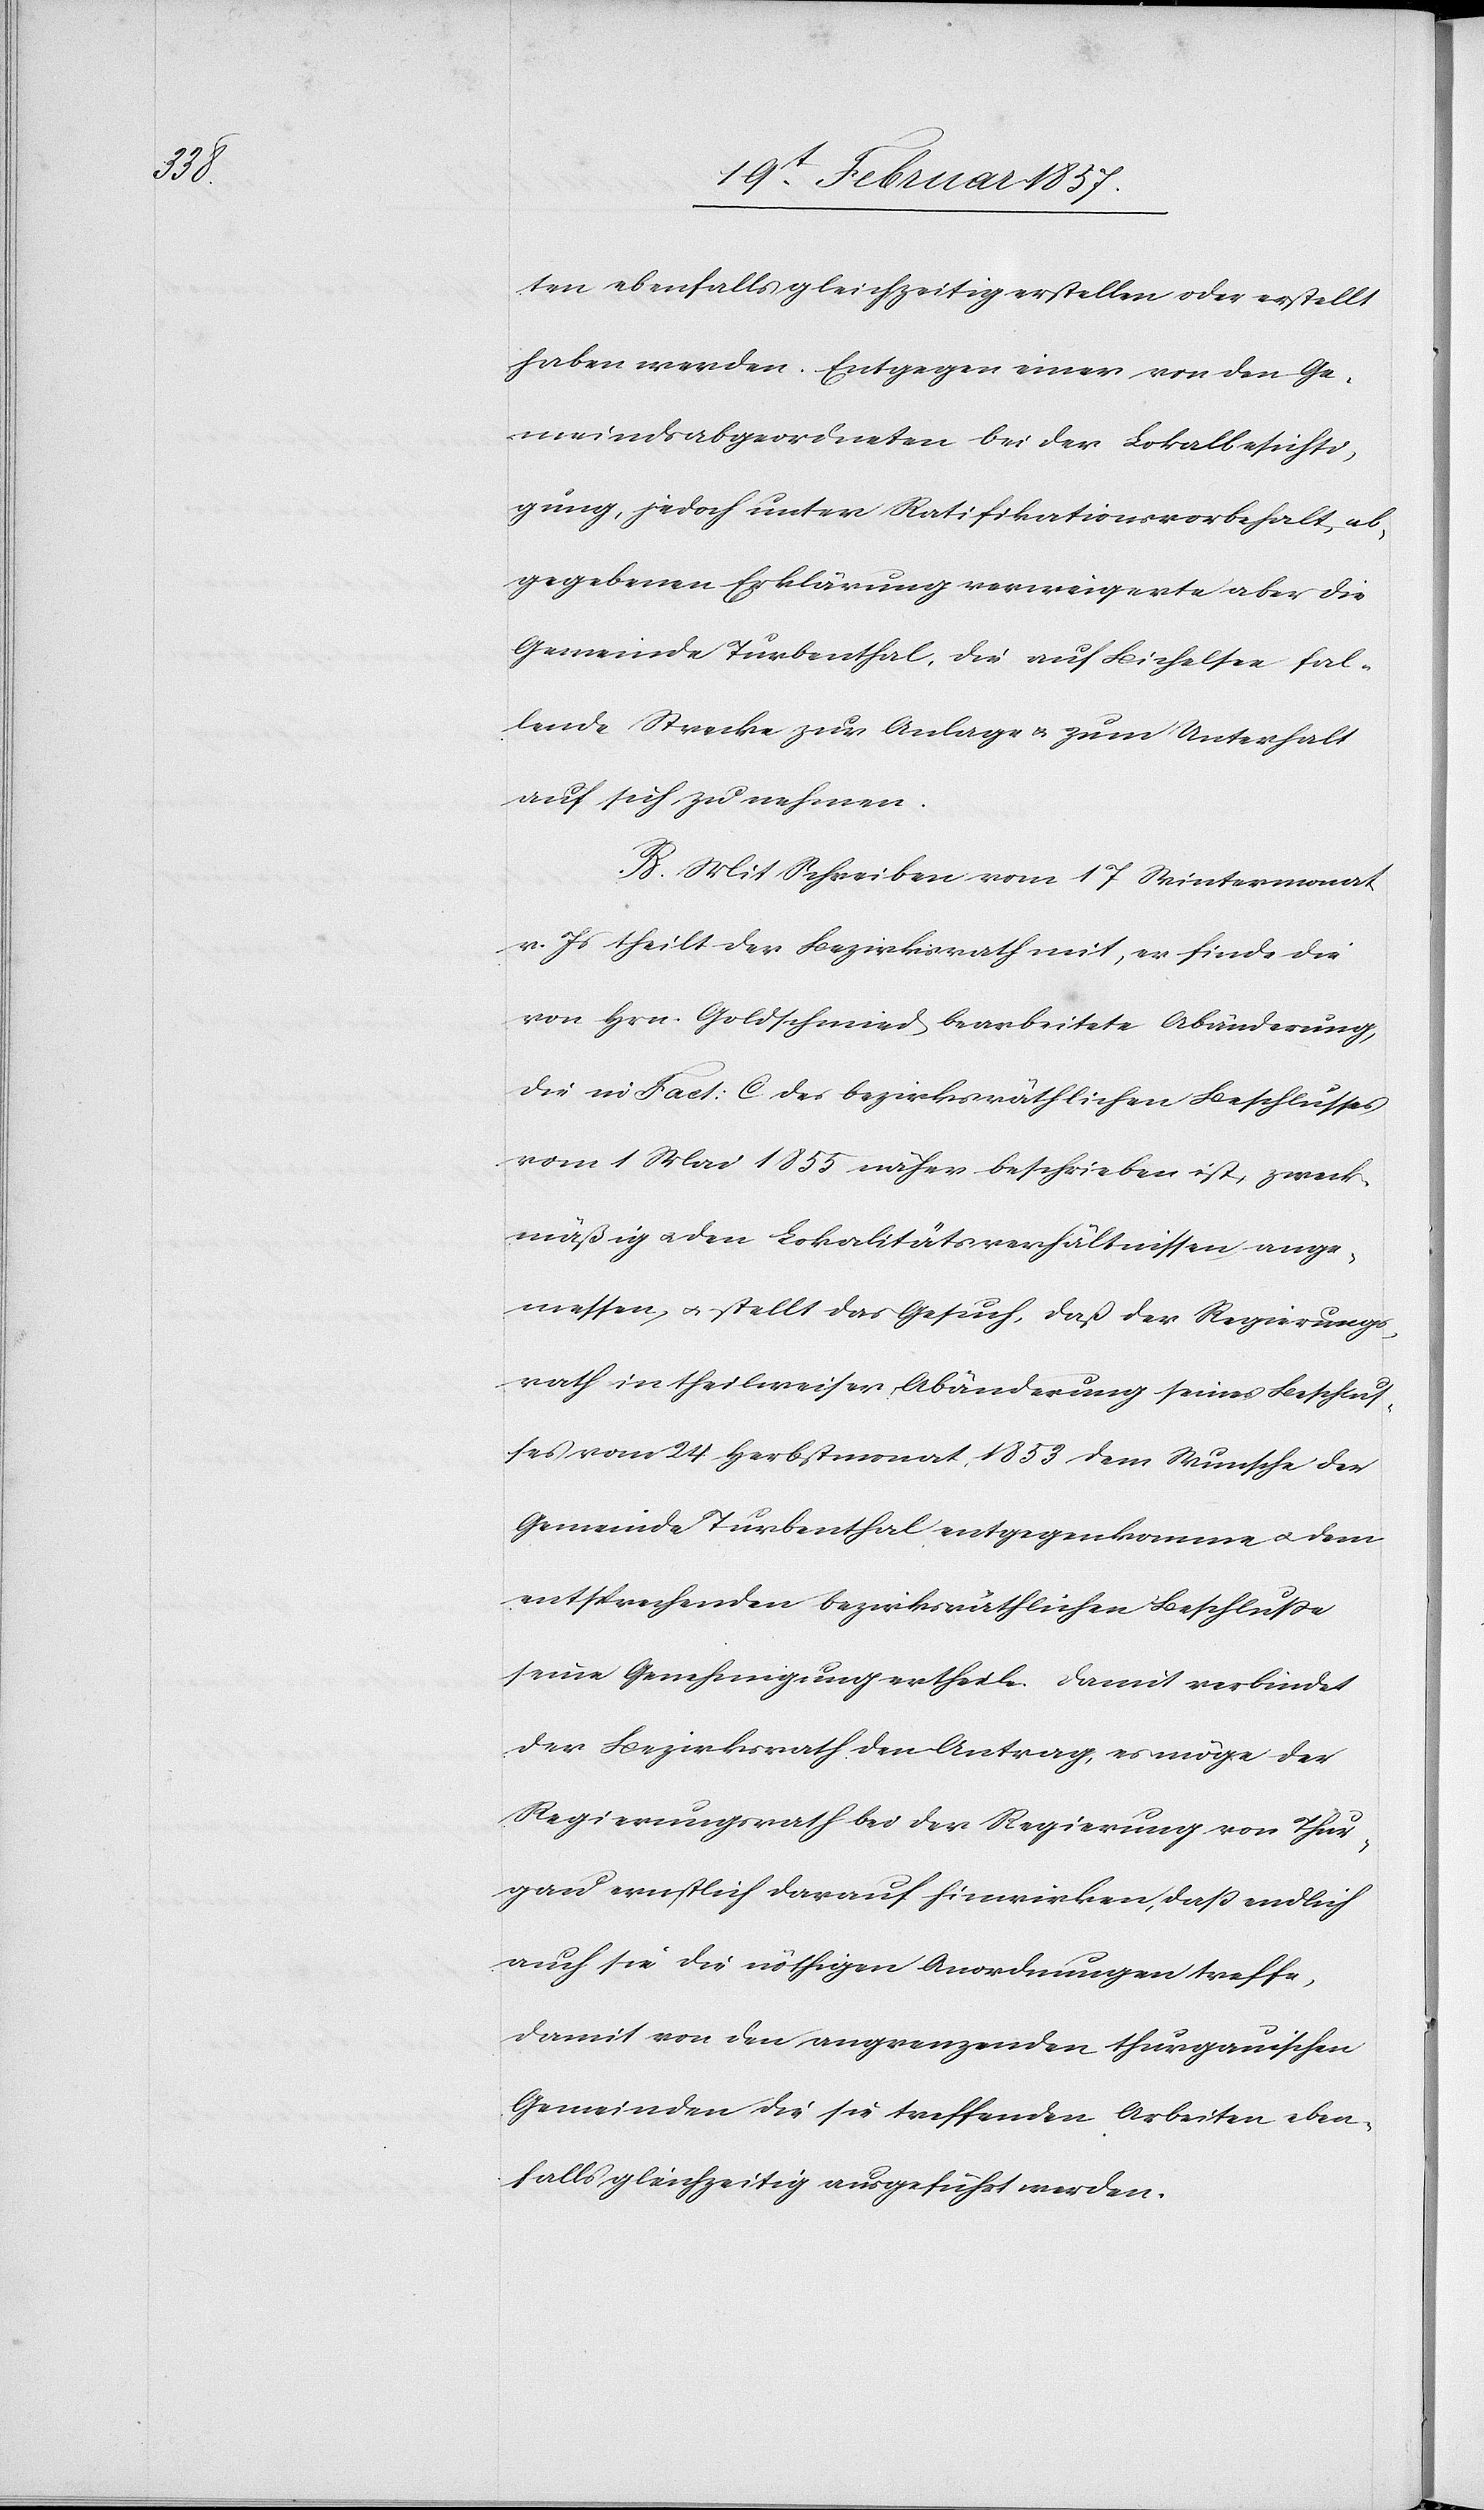
ten ebenfalls gleichzeitig erstellen oder erstellt
haben werden. Entgegen einer von den Ge¬
meindsabgeordneten bei der Lokalbesichti¬
gung, jedoch unter Ratifikationsvorbehalt, ab¬
gegebenen Erklärung verweigerte aber die
Gemeinde Turbenthal, die auf Bichelsee fal¬
lende Strecke zur Anlage u. zum Unterhalt
auf sich zu nehmen.
B. Mit Schreiben vom 17 Wintermonat
v. Js theilt der Bezirksrath mit, er finde die
von Hrn. Goldschmied bearbeitete Abänderung,
die in Fact: C des bezirksräthlichen Beschlusses
vom 1 Mai 1855 näher beschrieben ist, zweck¬
mäßig u. den Lokalitätsverhältnissen ange¬
messen, u. stellt das Gesuch, daß der Regierungs¬
rath in theilweiser Abänderung seines Beschlus¬
ses vom 24 Herbstmonat 1853 dem Wunsche der
Gemeinde Turbenthal entgegenkomme u. dem
entsprechenden bezirksräthlichen Beschluße
seine Genehmigung ertheile. Damit verbindet
der Bezirksrath den Antrag, es möge der
Regierungsrath bei der Regierung von Thur¬
gau ernstlich darauf hinwirken, daß endlich
auch sie die nöthigen Anordnungen treffe,
damit von den angrenzenden thurgauischen
Gemeinden die sie treffenden Arbeiten eben¬
falls gleichzeitig ausgeführt werden.